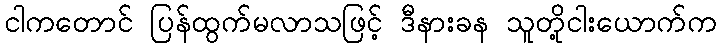
ငါကတောင် ပြန်ထွက်မလာသဖြင့် ဒီနားခန သူတို့ငါးယောက်က